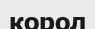
корол